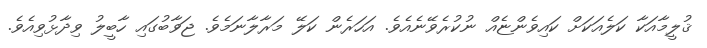
ޤުލީމާއަކާ ކަލެއަކަށް ކައިވެންޏެއް ނުކުރެވޭނެއެވެ. އަހަރެން ކަލޭ މަރާލާނަމެވެ. ޖަވާބުގައި ހާބީލު ވިދާޅުވިއެވެ.